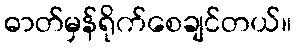
ဓာတ်မှန်ရိုက်စေချင်တယ်။